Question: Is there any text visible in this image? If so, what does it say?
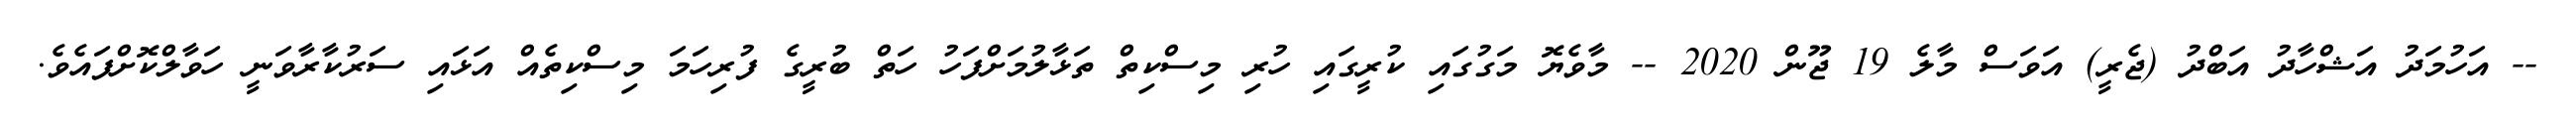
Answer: -- އަހުމަދު އަޝްހާދު އަބްދު (ޖެރީ) އަވަސް މާލެ 19 ޖޫން 2020 -- މާވެޔޮ މަގުގައި ކުރީގައި ހުރި މިސްކިތް ތަޅާލުމަށްފަހު ހަތް ބުރީގެ ފުރިހަމަ މިސްކިތެއް އަޅައި ސަރުކާރާވަނީ ހަވާލްކޮށްފައެވެ.